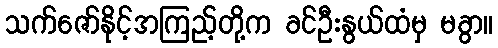
သက်ဇော်နိုင့်အကြည့်တို့က ခင်ဦးနွယ်ထံမှ မခွာ။